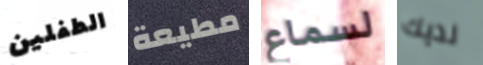
الطفلين مطيعة لسماع لديك